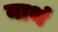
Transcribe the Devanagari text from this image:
नाथं